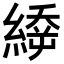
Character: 𦃉